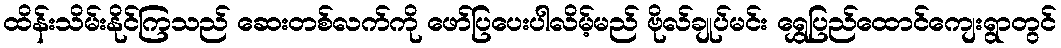
ထိန်းသိမ်းနိုင်ကြသည် ဆေးတစ်လက်ကို ဖော်ပြပေးပါလိမ့်မည် ဗိုလ်ချုပ်မင်း ရွှေပြည်ထောင်ကျေးရွာတွင်